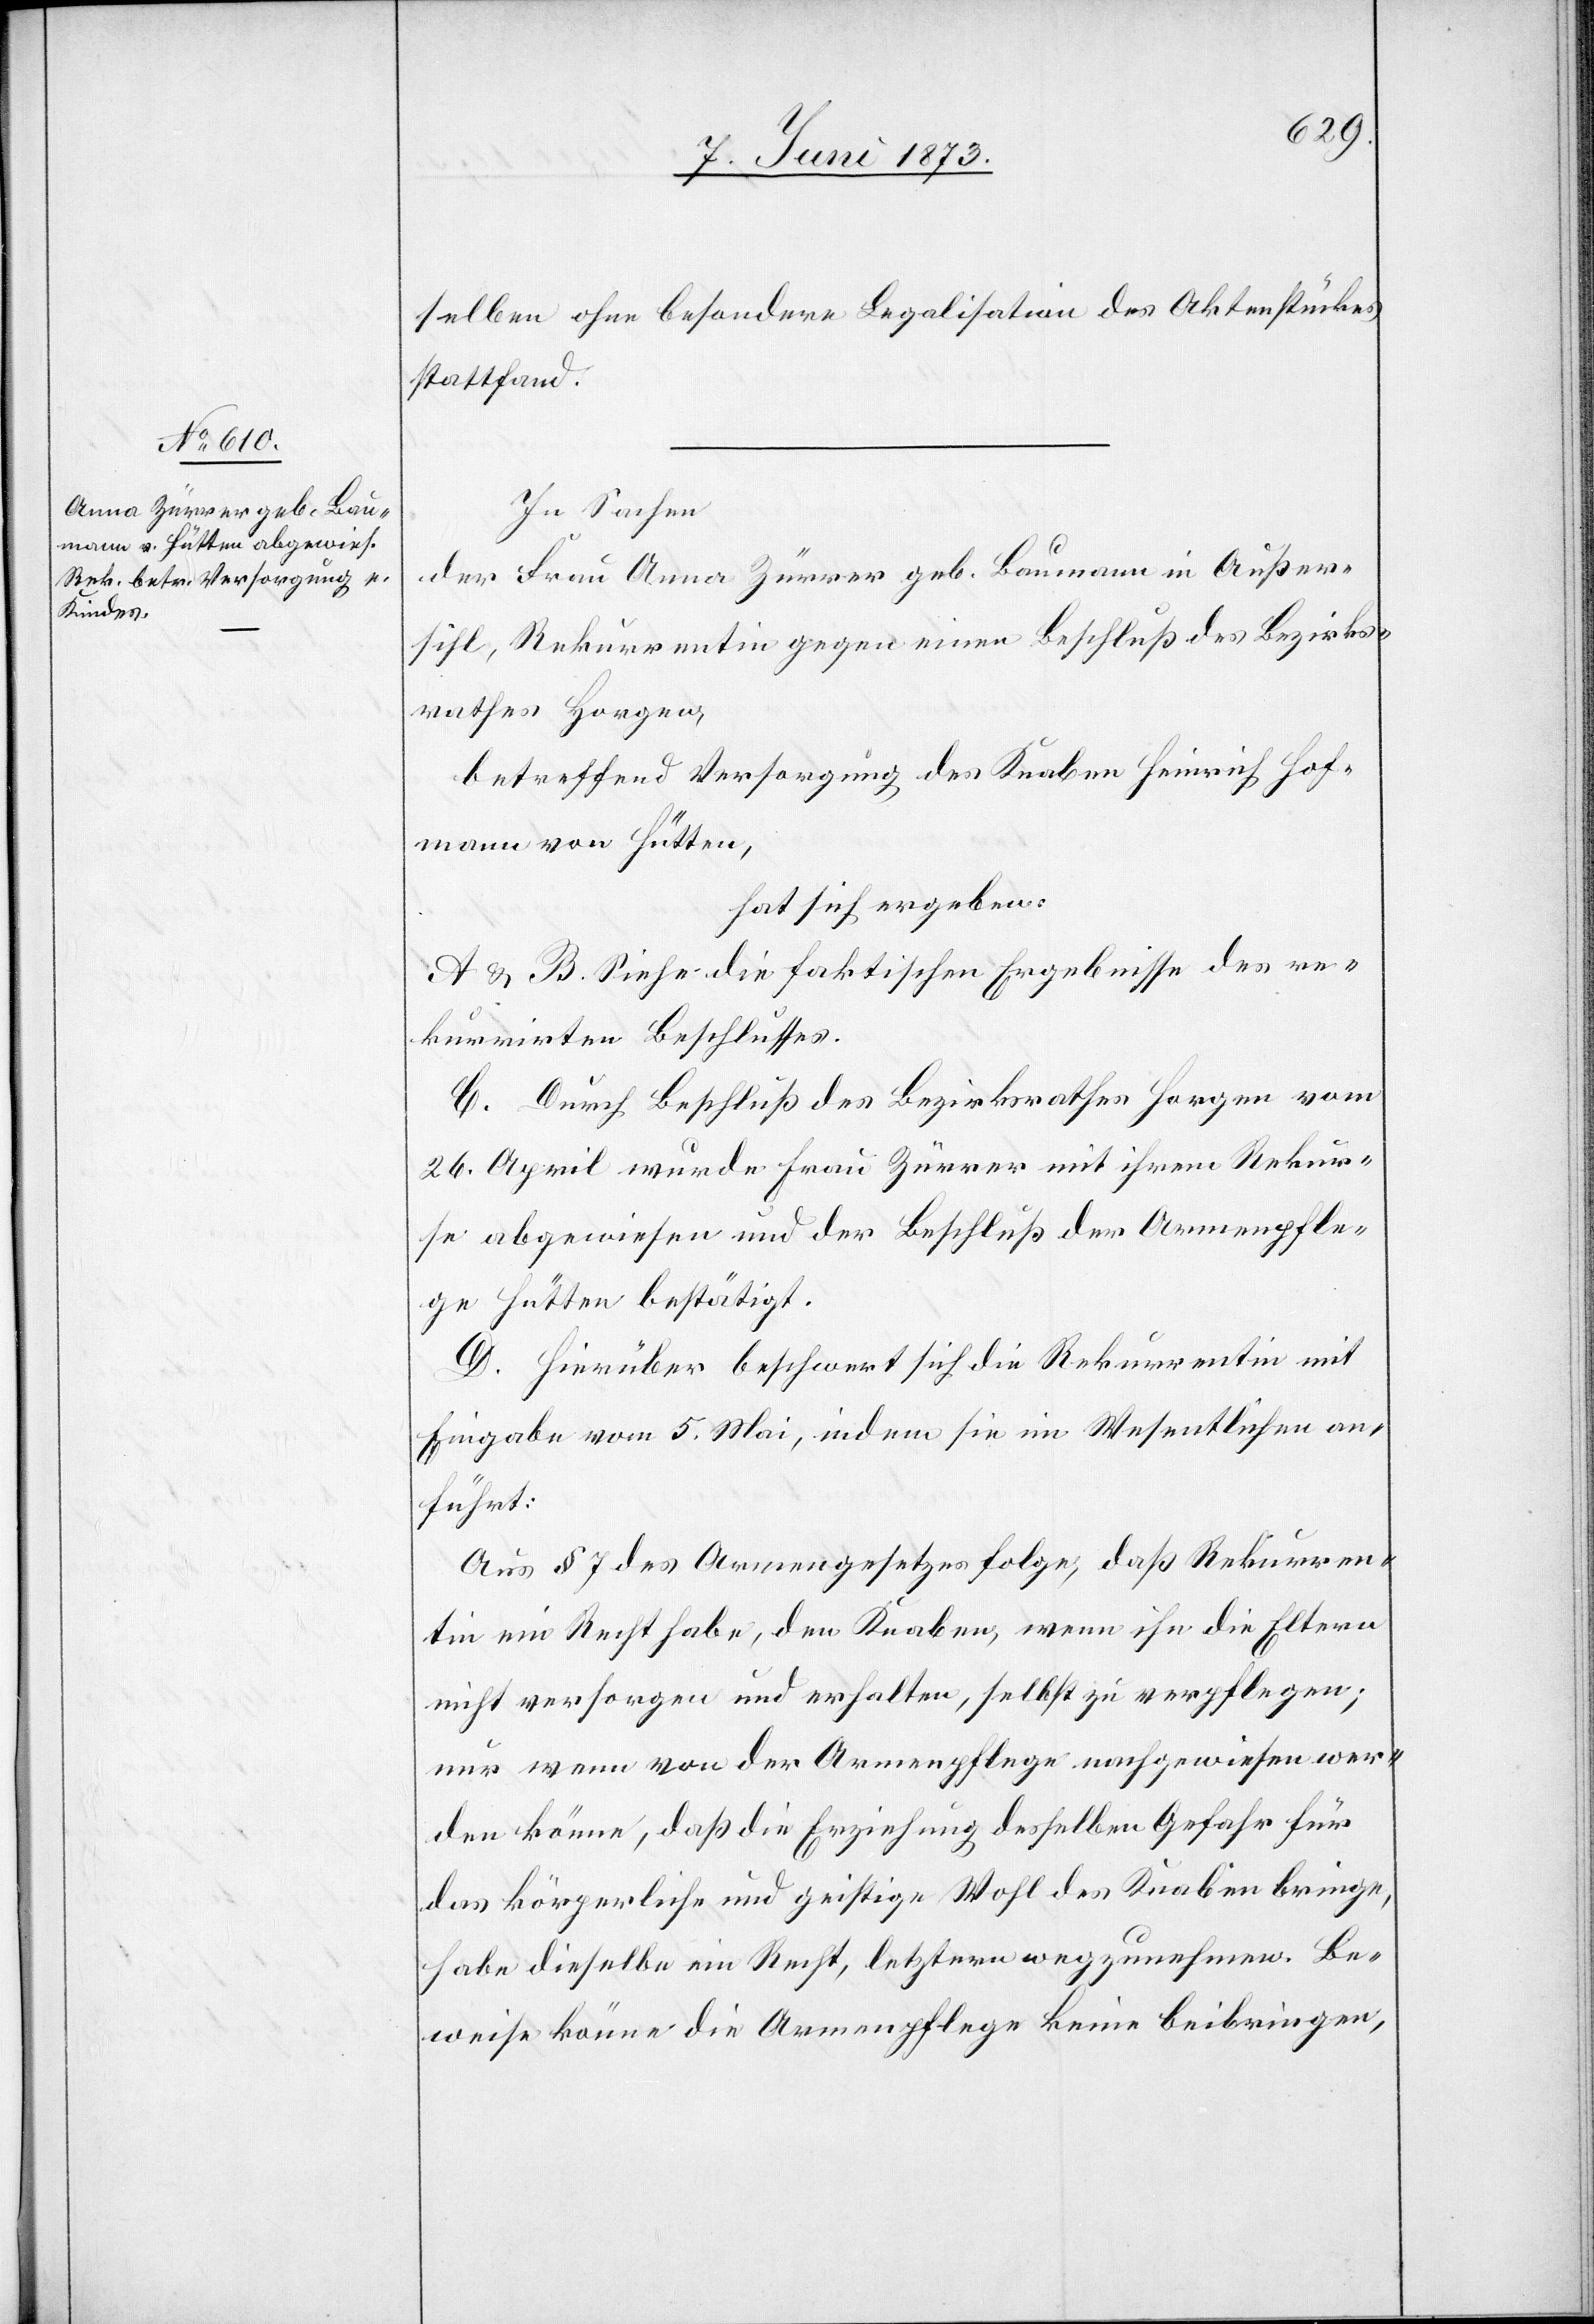
selben ohne besondere Legalisation des Aktenstückes
stattfand.
In Sachen
der Frau Anna Zürrer geb. Baumann in Außer¬
sihl, Rekurrentin gegen einen Beschluß des Bezirks¬
rathes Horgen,
betreffend Versorgung des Knaben Heinrich Hof¬
mann von Hütten,
hat sich ergeben:
A & B. Siehe die faktischen Ergebnisse des re¬
kurrirten Beschlusses.
C. Durch Beschluß des Bezirksrathes Horgen vom
26. April wurde Frau Zürrer mit ihrem Rekur¬
se abgewiesen und der Beschluß der Armenpfle¬
ge Hütten bestätigt.
D. Hierüber beschwert sich die Rekurrentin mit
Eingabe vom 5. Mai, indem sie im Wesentlichen an¬
führt:
Aus § 7 des Armengesetzes folge, daß Rekurren¬
tin ein Recht habe, den Knaben, wenn ihn die Eltern
nicht versorgen und erhalten, selbst zu verpflegen;
nur wenn von der Armenpflege nachgewiesen wer¬
den könne, daß die Erziehung desselben Gefahr für
das körperliche und geistige Wohl des Knaben bringe,
habe dieselbe ein Recht, letztern wegzunehmen. Be¬
weise könne die Armenpflege keine beibringen,